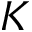
K